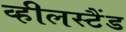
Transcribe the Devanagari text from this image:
व्हीलस्टैंड